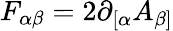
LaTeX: F_{\alpha\beta}=2\partial_{[\alpha}A_{\beta]}